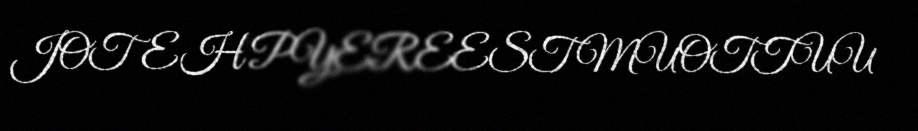
JOTEH PYEREEST MUOTTUU